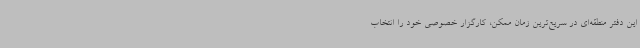
این دفتر منطقه‌ای در سریع‌ترین زمان ممکن، کارگزار خصوصی خود را انتخاب